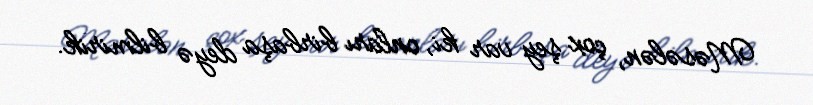
Məsələn, çox şey var ki, onları birbaşa deyə bilmirik.